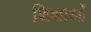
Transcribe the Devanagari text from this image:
शिक्षाआंे